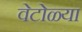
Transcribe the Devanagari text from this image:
वेटोळ्या